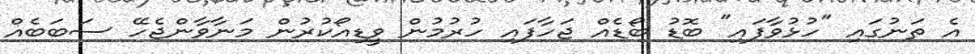
އެ ތަނުގައި "ހުޅުވާފައި" ބޮޑު ބޯޑެއް ޖަހާފައި ހުރުމުން ވީޑިއޯކުރުން މަނާވާންޖެހޭ ސަބަބެއް